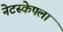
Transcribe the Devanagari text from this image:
नेटस्केपला